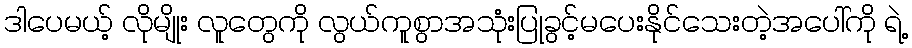
ဒါပေမယ့် လိုမျိုး လူတွေကို လွယ်ကူစွာအသုံးပြုခွင့်မပေးနိုင်သေးတဲ့အပေါ်ကို ရဲ့